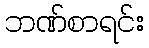
ဘဏ်စာရင်း